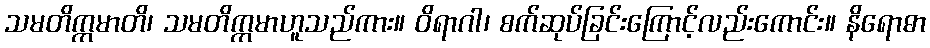
သမတိက္ကမာတိ၊ သမတိက္ကမာဟူသည်ကား။ ဝိရာဂါ၊ စက်ဆုပ်ခြင်းကြောင့်လည်းကောင်း။ နိရောဓာ